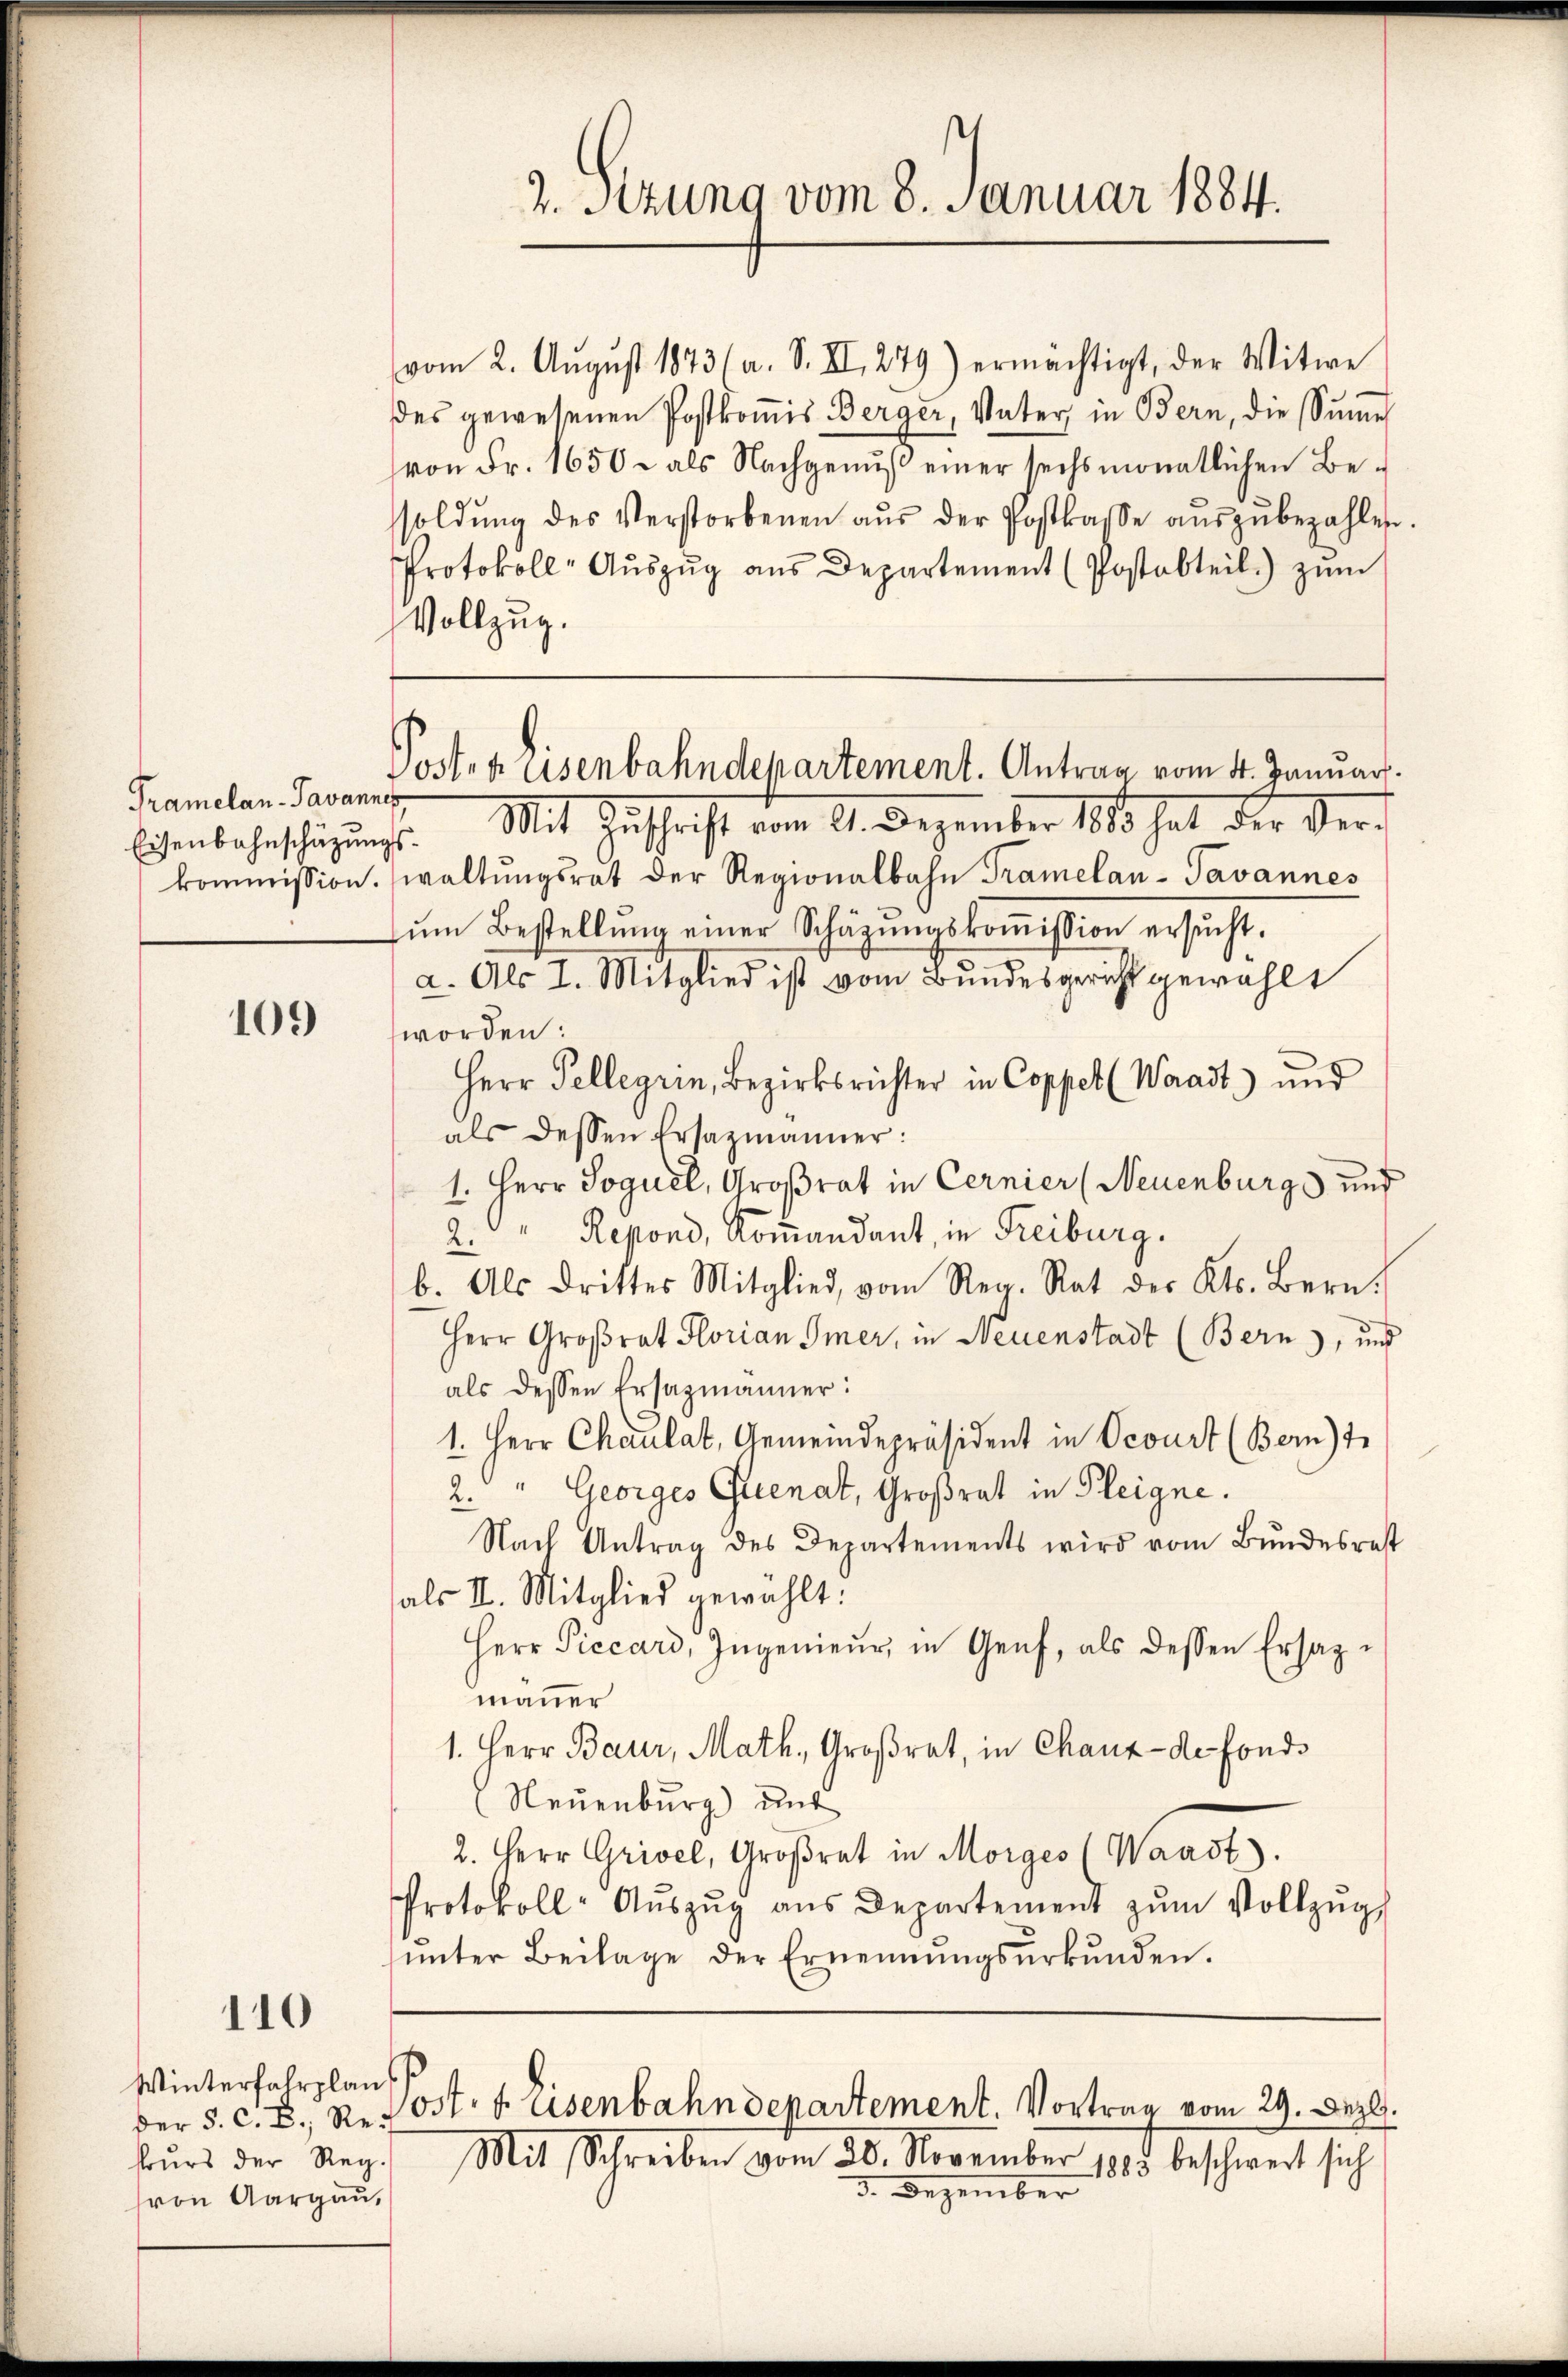
Pramelan-Javannes
Eisenbahnschätzung
kommission.

109

110

Winterfahrplan
Der §. C. B., Rekours der Reg.
son Aargau,

2. Setzung vom 8. Januar 1884.

Posten Eisenbahndepartement. Antrag vom 4. Januar.

vom 2. August 1873 (a. S. II, 279) ermächtigt, der Witwe
des gewesenen Postkomis Berger, Vater in Bern, die Summe
von Fr. 1650 - als Nachgenuß einer sechsmonatlichen Be-
soldŭng des Verstorbenen aŭs der Postkasse aŭszŭbezahlen.
Protokoll- Aŭszŭg aŭs Departement (Postabteil) zŭm
Vollzug.
Mit Zuschrift vom 11. Dezember 1883 hat der Vert.
waltŭngsrat der Regionalbahn Tramelan-Tavannes
ŭm Bestellŭng einer Schäzŭngskoṁission ersucht.
a. Als I. Mitglied ist vom Bundesgericht gewählt
worden:
Herr Pelleyrin, Bezirksrichter in Coppet (Waadt) und
als dessen Ersazmänner:
1. Herr Soguel, Großrat in Cernier (Neuenburg und
2. " Repond, Koṁandant, in Freiburg.
b. Als drittes Mitglied, vom Reg. Rat des Kts. Bern.
Herr Großrat Florian Immer, in Neuenstadt (Bern), und
als dessen Ersazmänner:
1. Herr Chaulat, Gemeindepräsident in Ocourt (Bern) t
2. " Georges Quenat, Großrat in Pleigne.
Nach Antrag des Departements wird vom Bundesrest
als II. Mitglied gewählt:
Herr Piccard, Ingenieŭr in Genf, als dessen Ersazmauer
1. Herr Baur, Math., Großrat, in Chaux-de-Fond.
Neuenburg) und
2. Herr Grisel, Großrat in Morges (Waadt).
Protokoll-Aŭszŭg aŭs Departement zŭm Vollzŭgs
ŭnter Beilage der Ernennŭngsŭrkŭnden.

Post. f. Eisenbahndepartement. Vortrag vom 29. Dez.

Mit Schreiben vom 20. November 1885 beschwert sich
3. Dezember